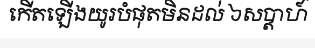
កើតឡើងយូរបំផុតមិនដល់ ៦សប្តាហ៍